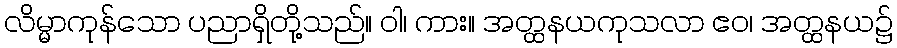
လိမ္မာကုန်သော ပညာရှိတို့သည်။ ဝါ၊ ကား။ အတ္ထနယကုသလာ ဧဝ၊ အတ္ထနယ၌